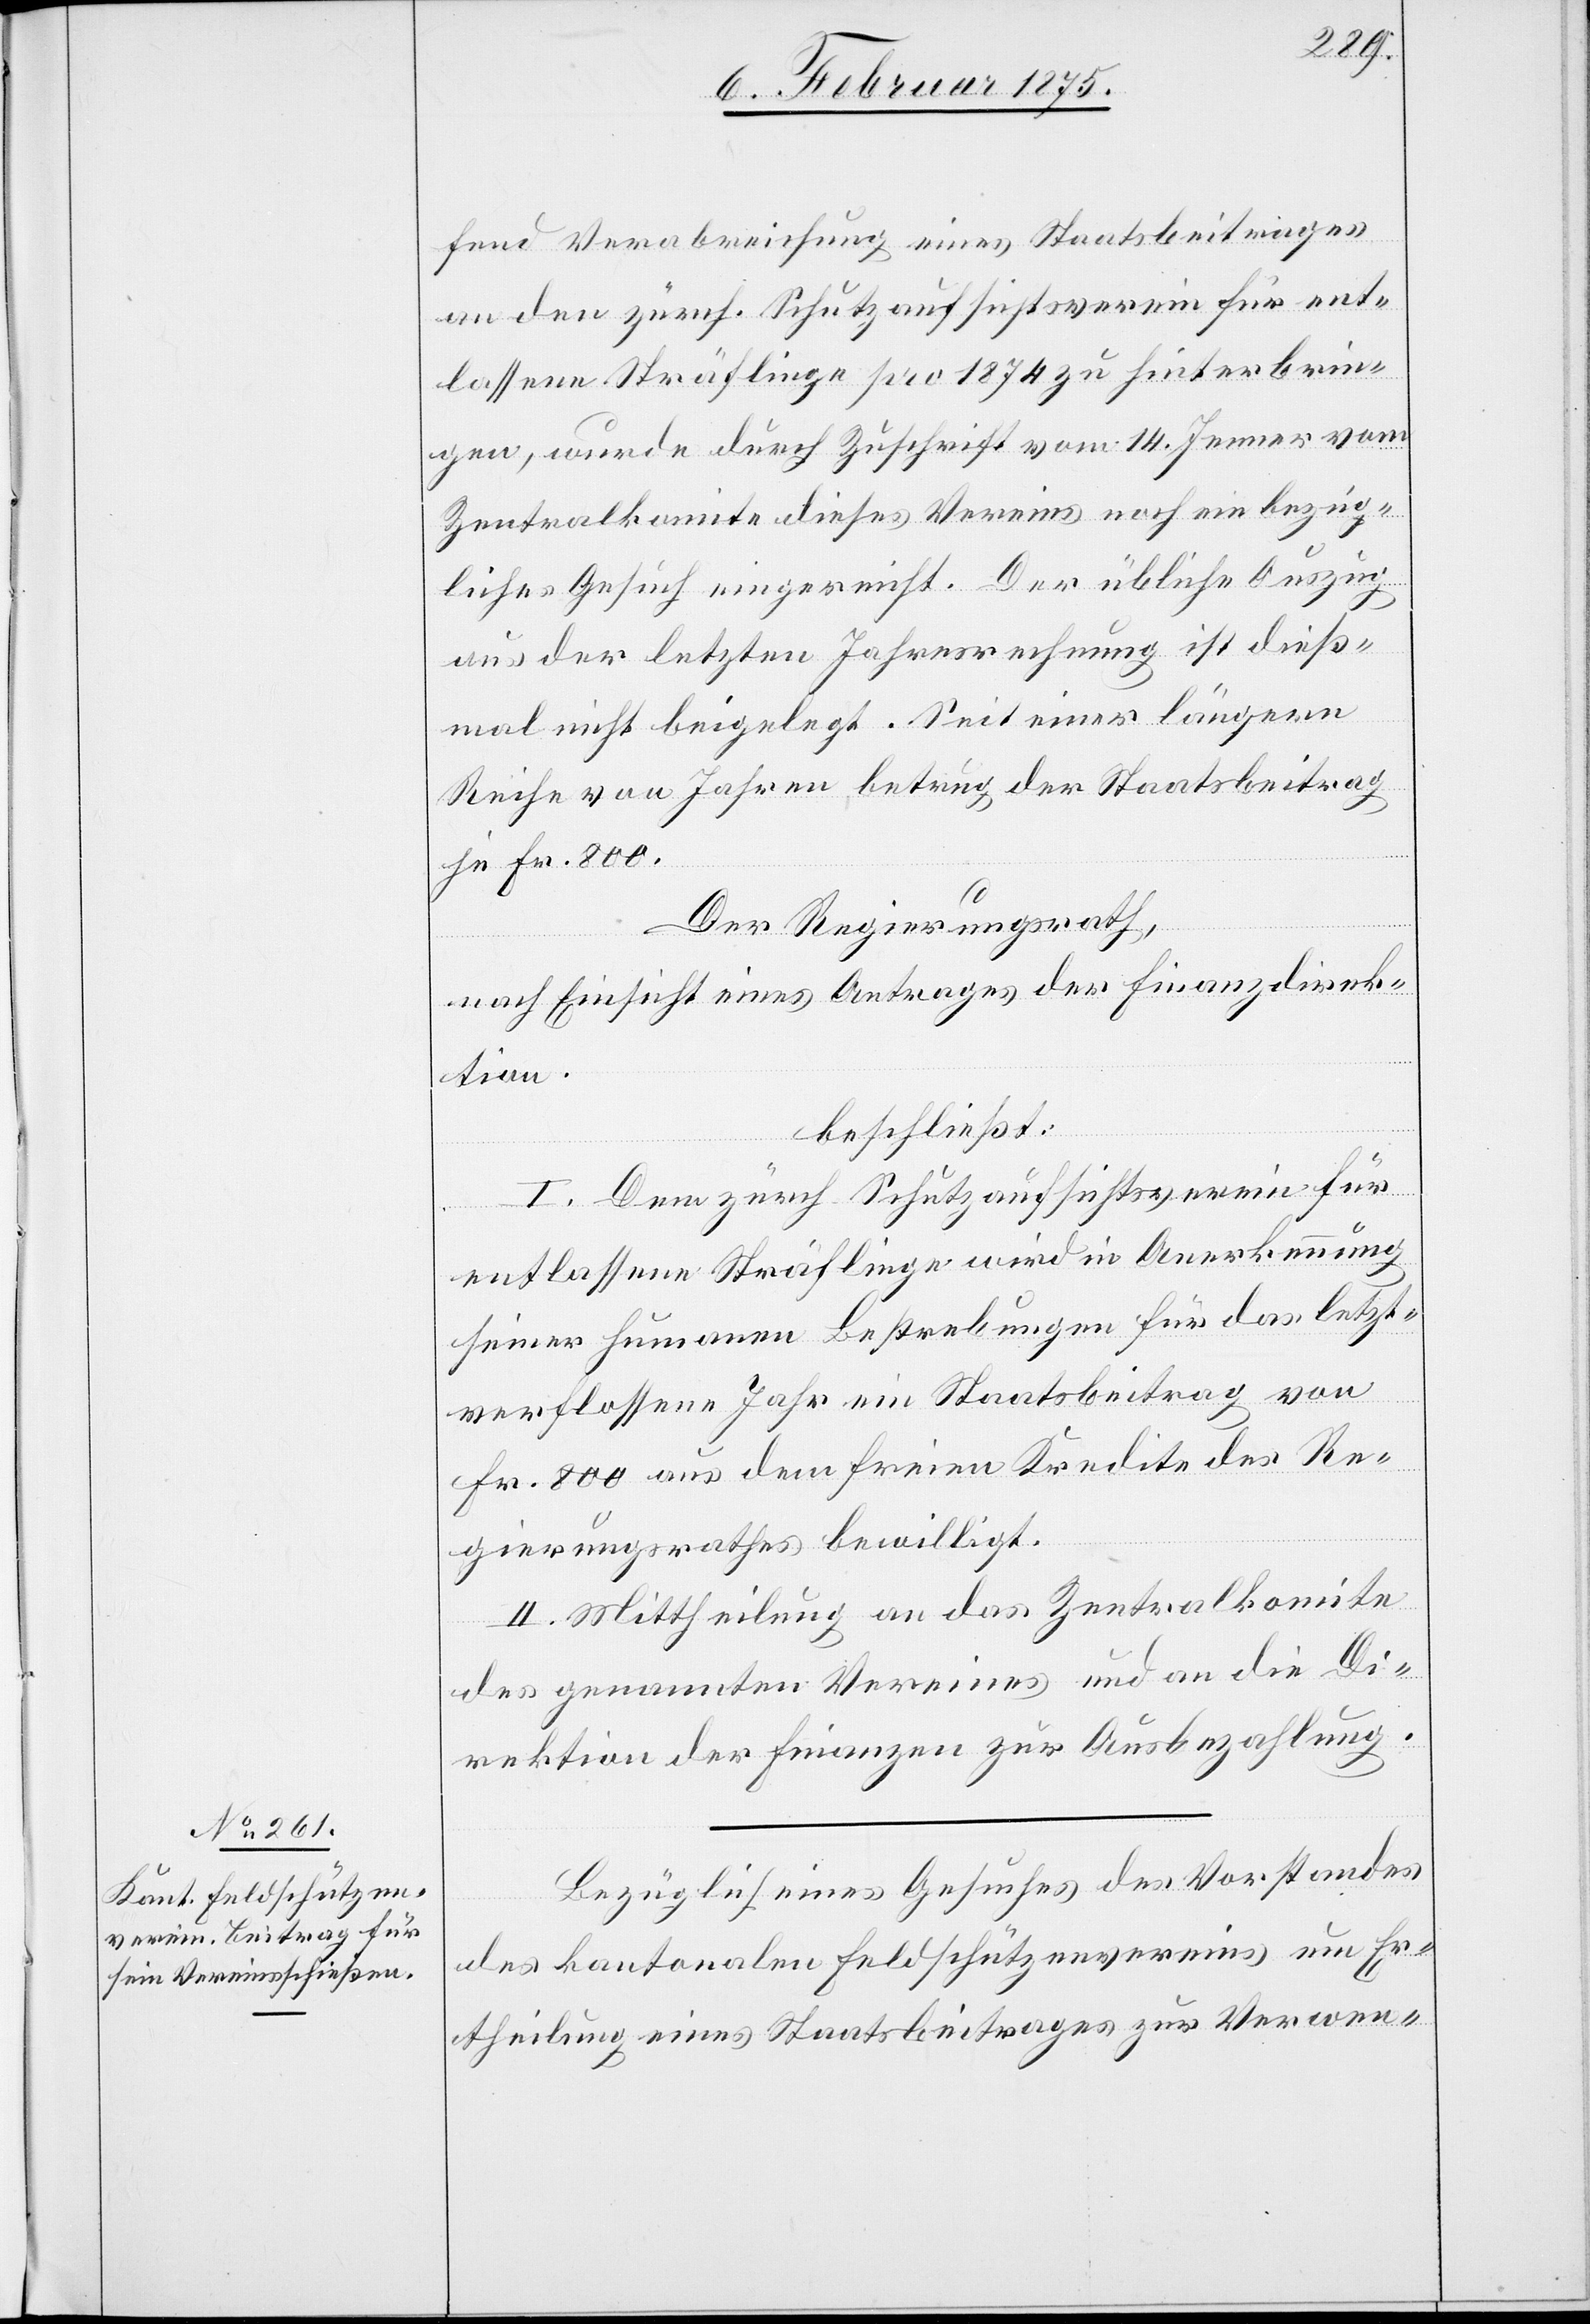
fend Verabreichung eines Staatsbeitrages
an den zürch. Schutzaufsichtsverein für ent¬
lassene Sträflinge pro 1874 zu hinterbrin¬
gen, wurde durch Zuschrift vom 14. Jenner vom
Zentralkomite dieses Vereins noch ein bezüg¬
liches Gesuch eingereicht. Der übliche Auszug
aus der letzten Jahresrechnung ist dieß¬
mal nicht beigelegt. Seit einer längern
Reihe von Jahren betrug der Staatsbeitrag
je Fr. 800.
Der Regierungsrath,
nach Einsicht eines Antrages der Finanzdirek¬
tion,
beschließt:
I. Dem zürch. Schutzaufsichtsverein für
entlassene Sträflinge wird in Anerkennung
seiner humanen Bestrebungen für das letzt¬
verflossene Jahr ein Staatsbeitrag von
Fr. 800 aus dem freien Kredite des Re¬
gierungsrathes bewilligt.
II. Mittheilung an das Zentralkomite
des genannten Vereins und an die Di¬
rektion der Finanzen zur Ausbezahlung.
Bezüglich eines Gesuches des Vorstandes
des kantonalen Feldschützenvereins um Er¬
theilung eines Staatsbeitrages zur Verwen-